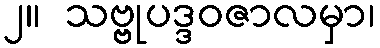
၂။  သဗ္ဗုပဒ္ဒဝဇာလမှာ၊